Madras plague regulations and rules - Volume 1
Disease focus: Plague
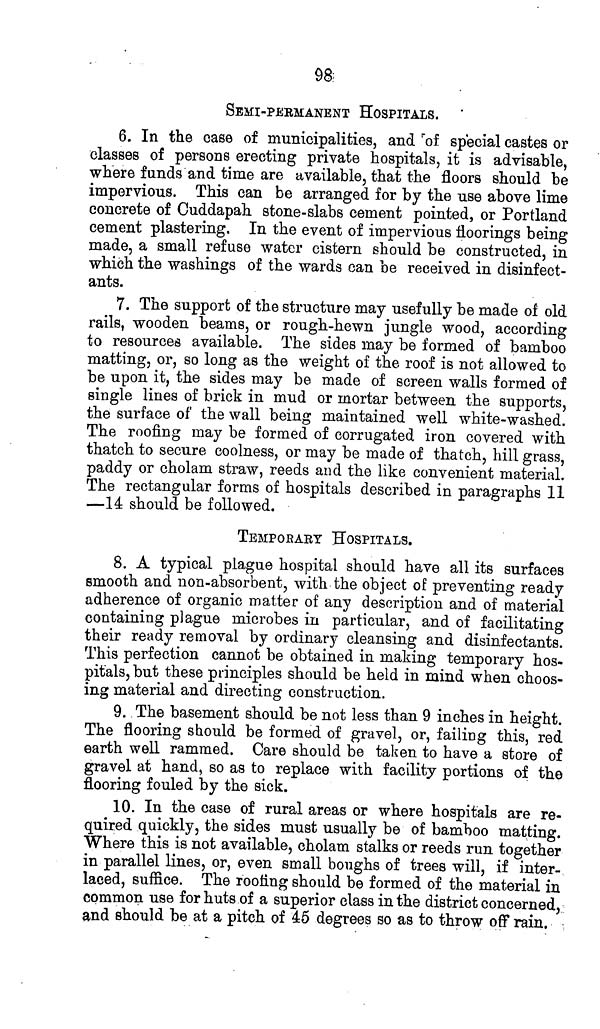
98
SEMI-PERMANENT HOSPITALS.
6. In the case of municipalities, and of special castes or
classes of persons erecting private hospitals, it is advisable,
where funds and time are available, that the floors should be
impervious. This can be arranged for by the use above lime
concrete of Cuddapah stone-slabs cement pointed, or Portland
cement plastering. In the event of impervious floorings being
made, a small refuse water cistern should be constructed, in
which the washings of the wards can be received in disinfect-
ants.
7. The support of the structure may usefully be made of old
rails, wooden beams, or rough-hewn jungle wood, according
to resources available. The sides may be formed of bamboo
matting, or, so long as the weight of the roof is not allowed to
be upon it, the sides may be made of screen walls formed of
single lines of brick in mud or mortar between the supports,
the surface of the wall being maintained well white-washed.
The roofing may be formed of corrugated iron covered with
thatch to secure coolness, or may be made of thatch, hill grass,
paddy or cholam straw, reeds and the like convenient material.
The rectangular forms of hospitals described in paragraphs 11
—14 should be followed.
TEMPORARY HOSPITALS.
8. A typical plague hospital should have all its surfaces
smooth and non-absorbent, with the object of preventing ready
adherence of organic matter of any description and of material
containing plague microbes in particular, and of facilitating
their ready removal by ordinary cleansing and disinfectants.
This perfection cannot be obtained in making temporary hos-
pitals, but these principles should be held in mind when choos-
ing material and directing construction.
9. The basement should be not less than 9 inches in height.
The flooring should be formed of gravel, or, failing this, red
earth well rammed. Care should be taken to have a store of
gravel at hand, so as to replace with facility portions of the
flooring fouled by the sick.
10. In the case of rural areas or where hospitals are re-
quired quickly, the sides must usually be of bamboo matting.
Where this is not available, cholam stalks or reeds run together
in parallel lines, or, even small boughs of trees will, if inter-
laced, suffice. The roofing should be formed of the material in
common use for huts of a superior class in the district concerned,
and should be at a pitch of 45 degrees so as to throw off rain.